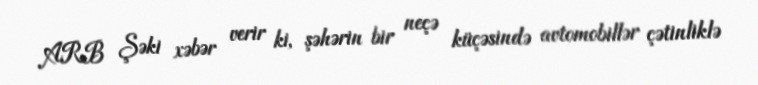
ARB Şəki xəbər verir ki, şəhərin bir neçə küçəsində avtomobillər çətinliklə